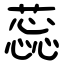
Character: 蕊